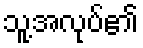
သူ့အလုပ်၏